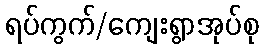
ရပ်ကွက်/ကျေးရွာအုပ်စု